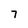
Character: 7